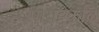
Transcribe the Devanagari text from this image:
पोराट्टुकळि